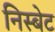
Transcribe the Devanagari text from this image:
निस्बेट